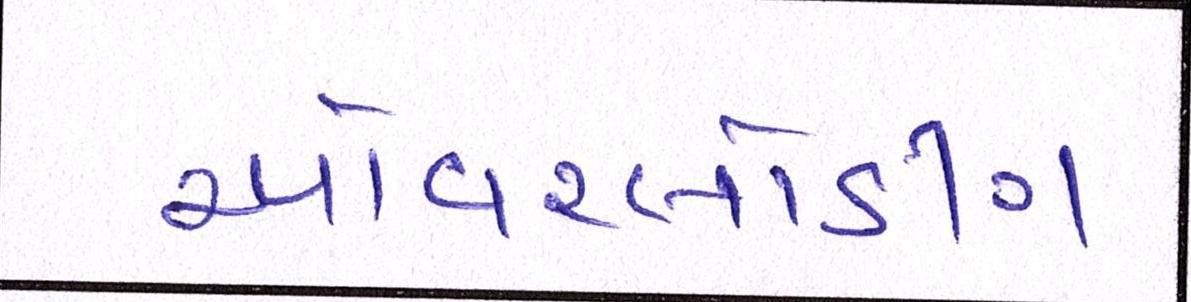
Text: ઓવરલોડીંગ